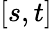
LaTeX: [s,t]